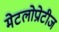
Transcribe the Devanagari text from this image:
मेटलोप्रोटीज